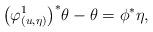
LaTeX: \begin{gather*} \big(\varphi^1_{(u,\eta)}\big)^*\theta - \theta = \phi^*\eta, \end{gather*}